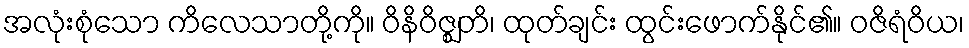
အလုံးစုံသော ကိလေသာတို့ကို။ ဝိနိဝိဇ္ဈတိ၊ ထုတ်ချင်း ထွင်းဖောက်နိုင်၏။ ဝဇိရံဝိယ၊